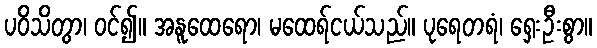
ပဝိသိတွာ၊ ဝင်၍။ အနူထေရော၊ မထေရ်ငယ်သည်။ ပုရေတရံ၊ ရှေးဦးစွာ။